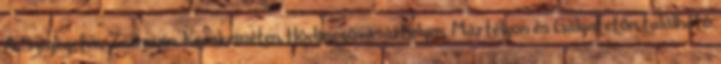
A Szigligeten, Zsennyén, Kecskeméten, Hódmezővásárhelyen, Mártélyon és Galyatetőn található